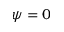
\psi = 0